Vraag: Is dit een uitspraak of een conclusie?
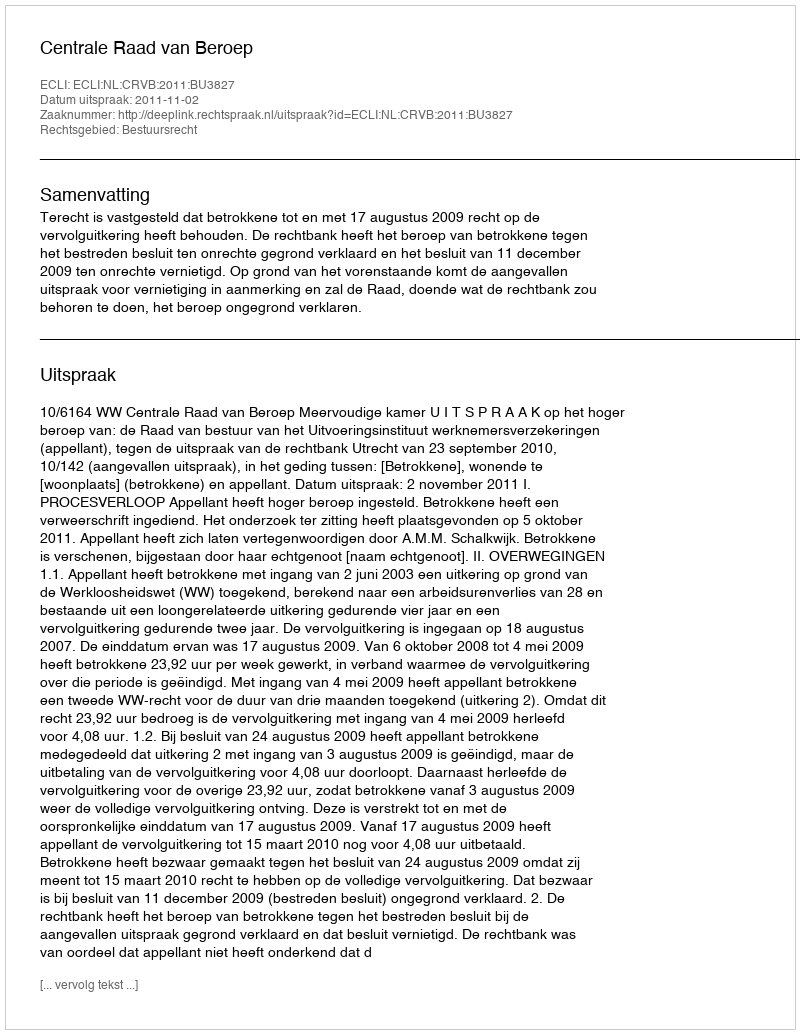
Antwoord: Uitspraak